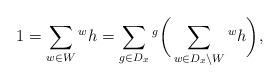
LaTeX: \begin{gather*} 1 = \sum_{w\in W} {}^w h = \sum_{g\in D_x} {}^g\bigg(\sum_{w\in D_x\setminus W} {}^w h\bigg), \end{gather*}